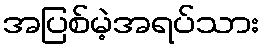
အပြစ်မဲ့အရပ်သား